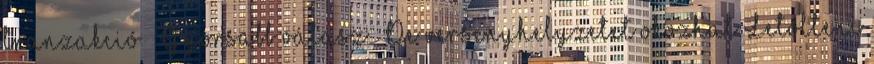
tranzakció – Gyorsabb válasz – De versenyhelyzetet okozhat Letölteni